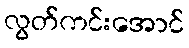
လွတ်ကင်းအောင်